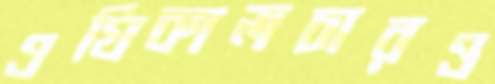
এগ্রিকালচারও